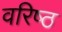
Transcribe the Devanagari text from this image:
वरिष्‍ठ